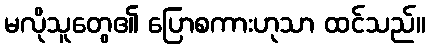
မလိုသူတွေ၏ ပြောစကားဟုသာ ထင်သည်။